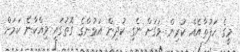
މީގެ ހަފުތާއެއް ކުރިން ވަގަށް ނެގި ކުދިން އަޅުންގެ ގޮތުގައި ވިއްކާނެ ކަމަށް